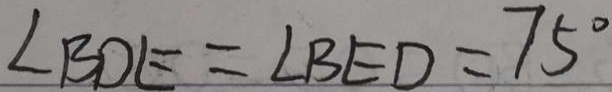
\angle B D E = \angle B E D = 7 5 ^ { \circ }